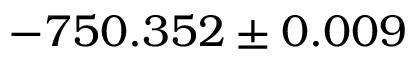
- 7 5 0 . 3 5 2 \pm 0 . 0 0 9